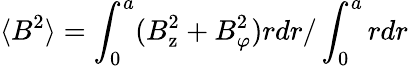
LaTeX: \langle B^{2}\rangle=\int_{\mathrm{0}}^{a}(B_{\mathrm{z}}^{2}+B_{\varphi}^{2})rdr/\int_{\mathrm{0}}^{a}rdr